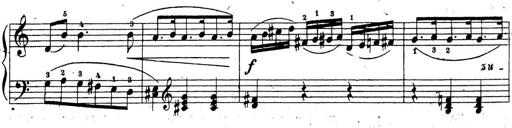
Title: 10 Sonatinas
Composer: Fritz Spindler